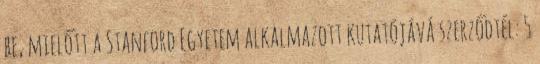
be, mielőtt a Stanford Egyetem alkalmazott kutatójává szerződtél: 5